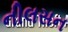
નીલસન